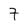
Character: 7